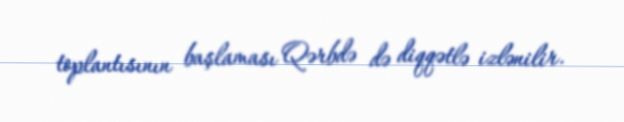
toplantısının başlaması Qərbdə də diqqətlə izlənilir.